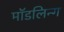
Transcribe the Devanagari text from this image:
मॉडलिन्ग